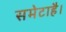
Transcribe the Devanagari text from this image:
समेटाहै।